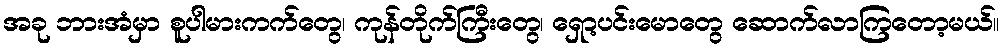
အခု ဘားအံမှာ စူပါမားကက်တွေ၊ ကုန်တိုက်ကြီးတွေ၊ ရှော့ပင်းမောတွေ ဆောက်လာကြတော့မယ်။